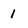
Character: 1